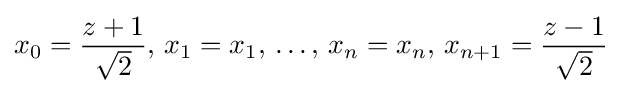
x_{0}={\frac {z+1}{\sqrt {2}}},\,x_{1}=x_{1},\,\ldots ,\,x_{n}=x_{n},\,x_{n+1}={\frac {z-1}{\sqrt {2}}}